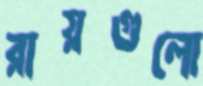
রায়গুলো